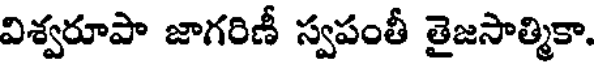
విశ్వరూపా జాగరిణీ స్వపంతీ తైజసాత్మికా.